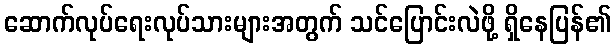
ဆောက်လုပ်ရေးလုပ်သားများအတွက် သင်ပြောင်းလဲဖို့ ရှိနေပြန်၏